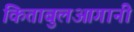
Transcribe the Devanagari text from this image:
किताबुलआगानी